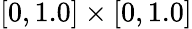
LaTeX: [0,1.0]\times[0,1.0]